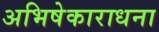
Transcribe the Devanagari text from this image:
अभिषेकाराधना